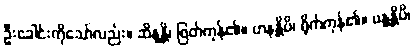
ဦးခေါင်းကိုသော်လည်း။ ဆိန္ဒန္တိ၊ ဖြတ်ကုန်၏။ ဟနန္တိပိ၊ ရိုက်ကုန်၏။ ဗန္ဓန္တိပိ၊